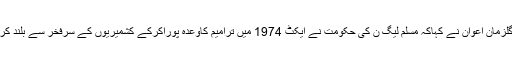
میجر(ر) گلزمان اعوان نے کہاکہ مسلم لیگ ن کی حکومت نے ایکٹ 1974 میں ترامیم کاوعدہ پوراکرکے کشمیریوں کے سرفخر سے بلند کردیئے ہیں۔